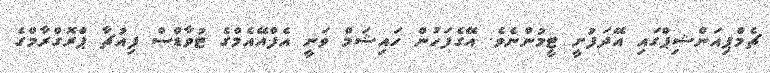
ޗެމްޕިއަންޝިޕްގައި އޭދަފުށީ ޓީމުންނެވެ. އޭގެފަހުން ހައިޝަމް ވަނީ އެފްއޭއެމްގެ ޓުވާޑްސް ފިއުޗާ ޕްރޮގްރާމްގެ